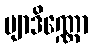
ဗျာဒိဏ္ဏော